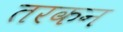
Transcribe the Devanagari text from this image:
तरकन